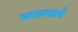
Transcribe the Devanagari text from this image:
घासल्याने